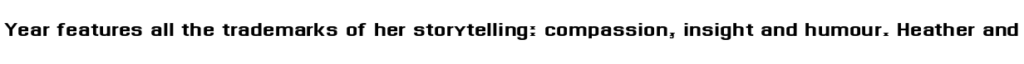
Year features all the trademarks of her storytelling: compassion, insight and humour. Heather and